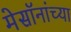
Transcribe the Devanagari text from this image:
मेसॉनांच्या